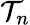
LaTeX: \mathcal{T}_{n}